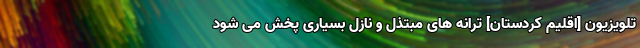
تلویزیون [اقلیم کردستان] ترانه های مبتذل و نازل بسیاری پخش می شود